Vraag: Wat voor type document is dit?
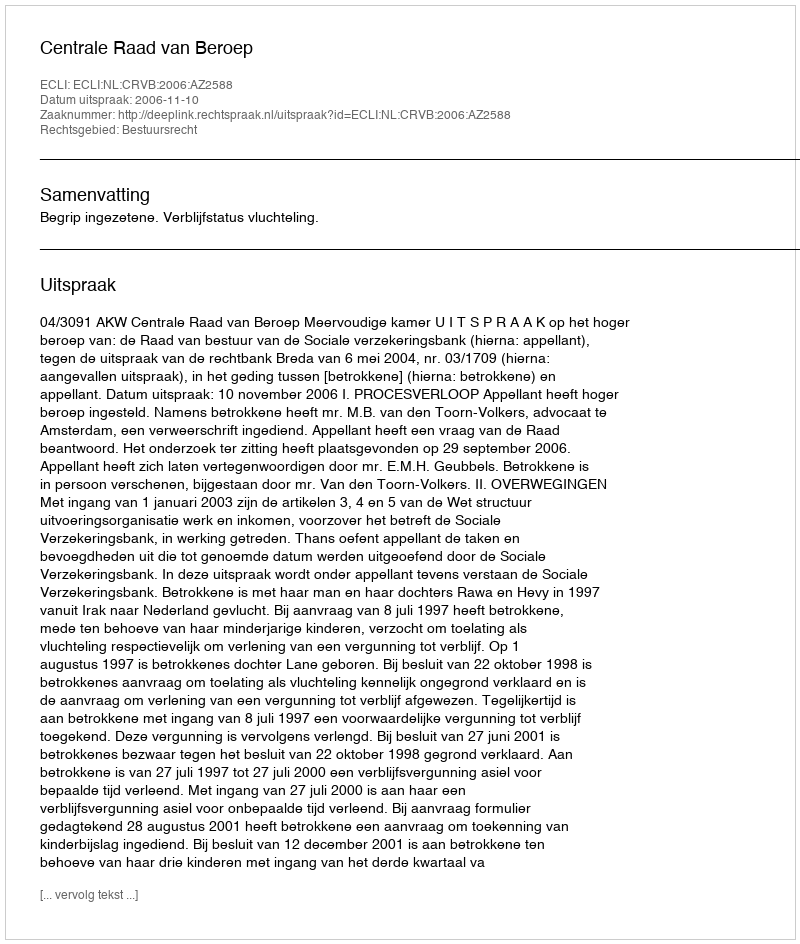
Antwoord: Uitspraak